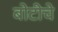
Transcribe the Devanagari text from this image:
बोटीचे